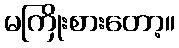
မကြိုးစားတော့။